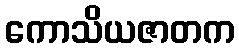
ကောသိယဇာတက